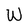
Character: W